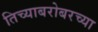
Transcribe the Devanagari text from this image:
तिच्याबरोबरच्या